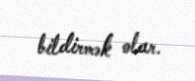
bildirmək olar.